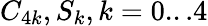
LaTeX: C_{4k},S_{k},k=0...4